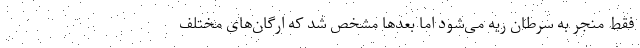
فقط منجر به سرطان ریه می‌شود اما بعدها مشخص شد که ارگان‌های مختلف